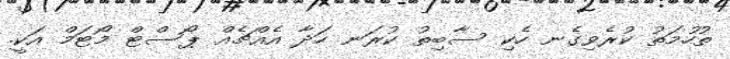
ތުހުމަތު ކުރެވިގެނ ހެކި ސާބިތު ކުރަނ ހަދާ އެއްޗެއް ޕޯސްޓް މޯޓަމް އަކީ.